Civil Veterinary Dept. Bombay admin report 1907-1913 - 1907-1913
Year: 1907
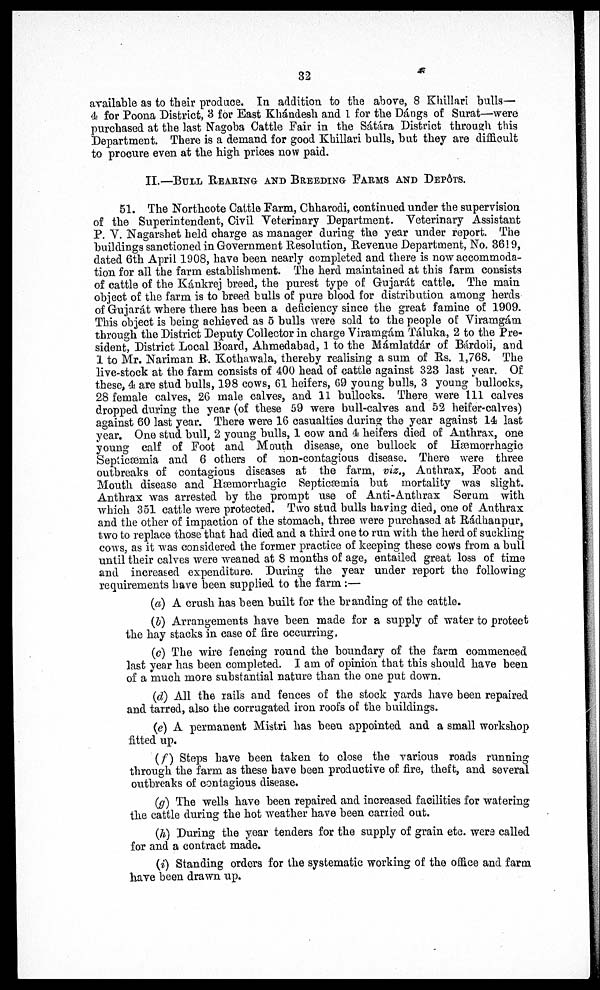
32
available as to their produce. In addition to the above, 8 Khillari bulls—
4 for Poona District, 3 for East Khándesh and 1 for the Dángs of Surat—were
purchased at the last Nagoba Cattle Fair in the Sátára District through this
Department. There is a demand for good Khillari bulls, but they are difficult
to procure even at the high prices now paid.
II.—BULL REARING AND BREEDING FARMS AND DEPÔT.
51. The Northcote Cattle Farm, Chharodi, continued under the supervision
of the Superintendent, Civil Veterinary Department. Veterinary Assistant
P. V. Nagarshet held charge as manager during the year under report. The
buildings sanctioned in Government Resolution, Revenue Department, No. 3619,
dated 6th April 1908, have been nearly completed and there is now accommoda-
tion for all the farm establishment. The herd maintained at this farm consists
of cattle of the Kánkrej breed, the purest type of Gujarát cattle. The main
object of the farm is to breed bulls of pure blood for distribution among herds
of Gujarat where there has been a deficiency since the great famine of 1909.
This object is being achieved as 5 bulls were sold to the people of Viramgám
through the District Deputy Collector in charge Viramgám Táluka, 2 to the Pre-
sident, District Local Board, Ahmedabad, 1 to the Mámlatdar of Bárdoii, and
1 to Mr. Nariman B. Kothawala, thereby realising a sum of Rs. 1,768. The
live-stock at the farm consists of 400 head of cattle against 323 last year. Of
these, 4 are stud bulls, 198 cows, 61 heifers, 69 young bulls, 3 young bullocks,
28 female calves, 26 male calves, and 11 bullocks. There were 111 calves
dropped during the year (of these 59 were bull-calves and 52 heifer-calves)
against 60 last year. There were 16 casualties during the year against 14 last
year. One stud bull, 2 young bulls, 1 cow and 4 heifers died of Anthrax, one
young calf of Foot and Mouth disease, one bullock of Hæmorrhagic
Seplicæmia and 6 others of non-contagious disease. There were three
outbreaks of contagious diseases at the farm, viz., Anthrax, Foot and
Mouth disease and Hæmorrhagic Septicæmia but mortality was slight.
Anthrax was arrested by the prompt use of Anti-Anthrax Serum with
which 351 cattle were protected. Two stud bulls having died, one of Anthrax
and the other of impaction of the stomach, three were purchased at Rádhaupur,
two to replace those that had died and a third one to run with the herd of suckling
cows, as it was considered the former practice of keeping these cows from a bull
until their calves were weaned at 8 months of age, entailed great loss of time
and increased expenditure. During the year under report the following
requirements have been supplied to the farm :—
(a) A crush has been built for the branding of the cattle.
(b) Arrangements have been made for a supply of water to protect
the hay stacks in case of lire occurring,
(c) The wire fencing round the boundary of the farm commenced
last year has been completed. I am of opinion that this should have been
of a much more substantial nature than the one put down.
(d) All the rails and fences of the stock yards have been repaired
and tarred, also the corrugated iron roofs of the buildings.
(e) A permanent Mistri has been appointed and a small workshop
fitted up.
(f) Steps have been taken to close the various roads running
through the farm as these have been productive of fire, theft, and several
outbreaks of contagious disease.
(g) The wells have been repaired and increased facilities for watering
the cattle during the hot weather have been carried out.
(h) During the year tenders for the supply of grain etc. were called
for and a contract made.
(i) Standing orders for the systematic working of the office and farm
have been drawn up.